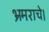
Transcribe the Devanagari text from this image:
भ्रमराचे।